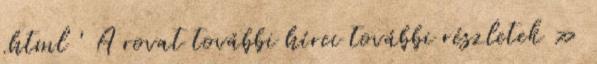
.html ' A rovat további hírei további részletek »